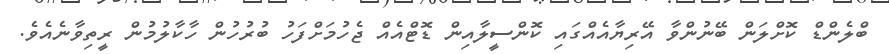
ބްލެންޑް ކޮށްލަން ބޭނުންވާ އޭރިޔާއެއްގައި ކޮންސީލާއިން ޑޮޓްއެއް ޖެހުމަށްފަހު ބުރުހުން ހާކާލުމުން ރީތިވާނެއެވެ.